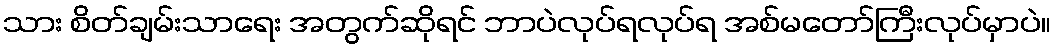
သား စိတ်ချမ်းသာရေး အတွက်ဆိုရင် ဘာပဲလုပ်ရလုပ်ရ အစ်မတော်ကြီးလုပ်မှာပဲ။